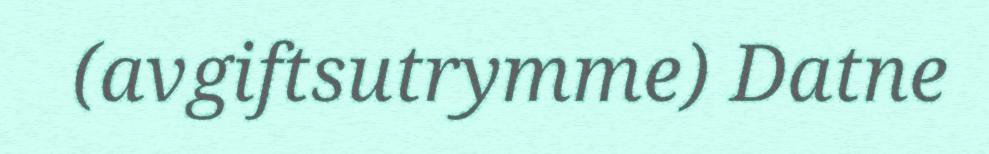
(avgiftsutrymme) Datne